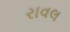
રાવલ